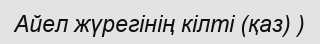
Айел жүрегінің кілті (қаз) )